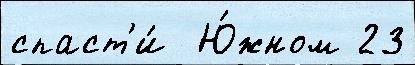
спаст'и́  Ю́жном 23